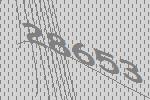
28653